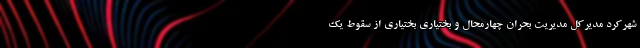
شهرکرد مدیرکل مدیریت بحران چهارمحال و بختیاری بختیاری از سقوط یک